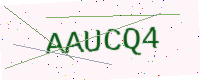
Text: AAUCQ4